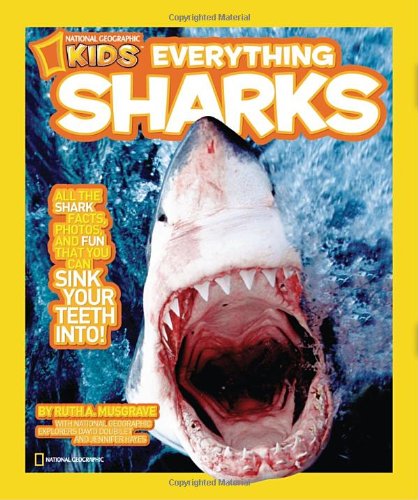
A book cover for National Geographic Kids Everything Sharks: All the shark facts, photos, and fun that you can sink your teeth into; Ruth Musgrave; Children's Books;